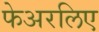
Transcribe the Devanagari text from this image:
फेअरलिए